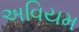
અવિયમ